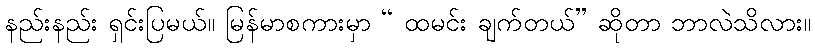
နည်းနည်း ရှင်းပြမယ်။ မြန်မာစကားမှာ “ ထမင်း ချက်တယ်” ဆိုတာ ဘာလဲသိလား။